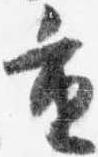
重